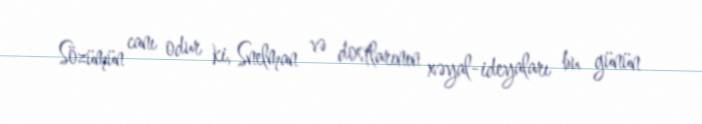
Sözümün canı odur ki, Snelman və dostlarının xəyal-ideyaları bu günün